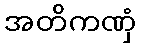
အတိကဏှံ